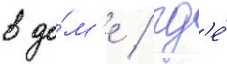
в до́м'е / гд'е́